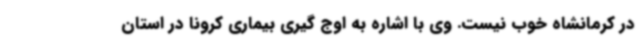
در کرمانشاه خوب نیست. وی با اشاره به اوج گیری بیماری کرونا در استان